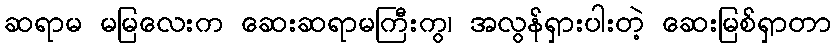
ဆရာမ မမြလေးက ဆေးဆရာမကြီးကွ၊ အလွန်ရှားပါးတဲ့ ဆေးမြစ်ရှာတာ